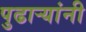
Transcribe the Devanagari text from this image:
पुढार्‍यांनी